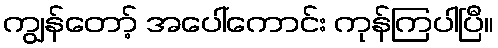
ကျွန်တော့် အပေါ်ကောင်း ကုန်ကြပါပြီ။